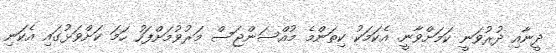
ދީނާއި ދުރުވަނީ ކަމަށްވާނީ. އެކަމަކު ކިތަންމެ މުއްސަންޖަސް މަރުވުމަށްފަހު ހަމަ ކަށްވަޅުގައި އެކަނި